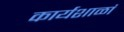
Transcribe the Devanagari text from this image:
कार्यशाळां